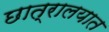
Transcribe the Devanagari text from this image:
छात्रालयात